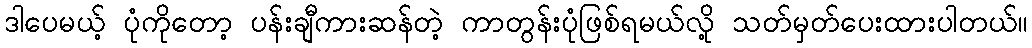
ဒါပေမယ့် ပုံကိုတော့ ပန်းချီကားဆန်တဲ့ ကာတွန်းပုံဖြစ်ရမယ်လို့ သတ်မှတ်ပေးထားပါတယ်။